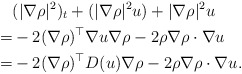
\begin{align*}&(|\nabla \rho|^2)_t+(|\nabla \rho|^2u)+|\nabla \rho|^2u\\=&-2 (\nabla \rho)^\top \nabla u \nabla \rho-2 \rho \nabla \rho \cdot \nabla u\\=&-2 (\nabla \rho)^\top D(u) \nabla \rho-2 \rho \nabla \rho \cdot \nabla u.\end{align*}